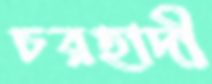
চরহাদী